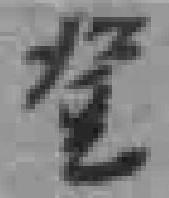
登